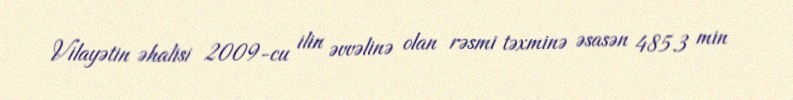
Vilayətin əhalisi 2009-cu ilin əvvəlinə olan rəsmi təxminə əsasən 485.3 min